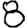
Digit: 8